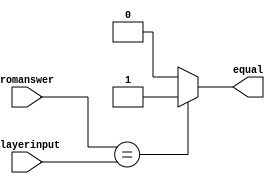
/*
   This file was generated automatically by the Mojo IDE version B1.2.6.
   Do not edit this file directly. Instead edit the original Lucid source.
   This is a temporary file and any changes made to it will be destroyed.
*/

module gamethreecomparator_75 (
    input [4:0] romanswer,
    input [4:0] playerinput,
    output reg equal
  );
  
  
  
  always @* begin
    equal = 1'h0;
    if (romanswer == playerinput) begin
      equal = 1'h1;
    end
  end
endmodule